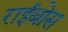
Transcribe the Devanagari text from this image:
राईबोस